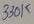
Text: 330K